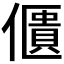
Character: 𠏺